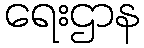
ရေးဌာန